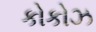
કોકોઝ